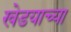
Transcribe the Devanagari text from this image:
खेडयाच्या